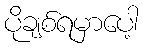
ပိုချစ်ရမှာပေါ့